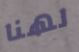
لهنا